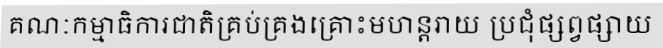
គណៈកម្មាធិការជាតិគ្រប់គ្រងគ្រោះមហន្តរាយ ប្រជុំផ្សព្វផ្សាយ